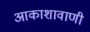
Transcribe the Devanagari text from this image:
आकाशावाणी